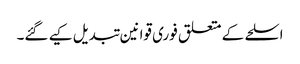
اسلحے کے متعلق فوری قوانین تبدیل کیے گئے۔